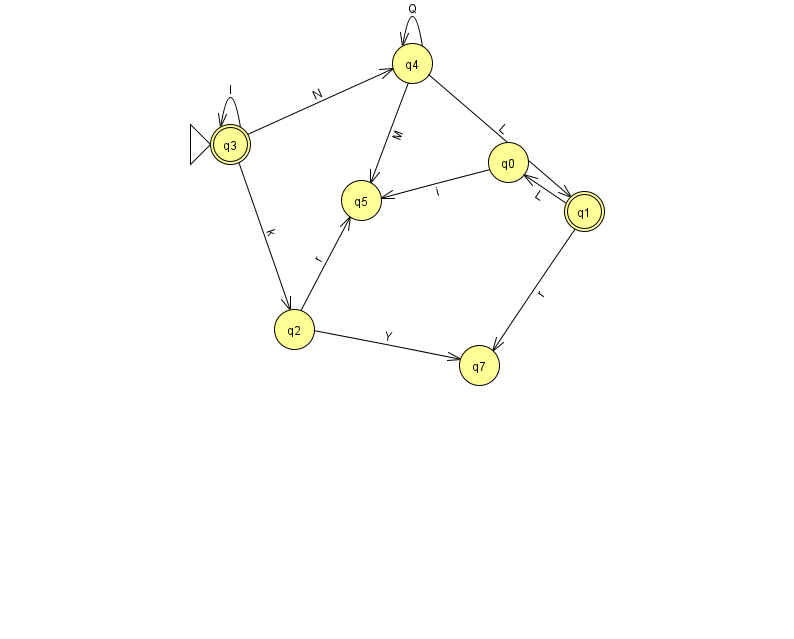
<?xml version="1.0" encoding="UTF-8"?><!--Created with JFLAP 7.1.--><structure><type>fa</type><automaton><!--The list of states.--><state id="0" name="q0"><x>508.0</x><y>149.0</y></state><state id="1" name="q1"><x>584.0</x><y>198.0</y><final/></state><state id="2" name="q2"><x>294.0</x><y>316.0</y></state><state id="3" name="q3"><x>230.0</x><y>131.0</y><initial/><final/></state><state id="4" name="q4"><x>412.0</x><y>50.0</y></state><state id="5" name="q5"><x>361.0</x><y>187.0</y></state><state id="7" name="q7"><x>479.0</x><y>352.0</y></state><!--The list of transitions.--><transition><from>4</from><to>4</to><read>Q</read></transition><transition><from>3</from><to>4</to><read>N</read></transition><transition><from>1</from><to>0</to><read>L</read></transition><transition><from>2</from><to>7</to><read>Y</read></transition><transition><from>3</from><to>3</to><read>I</read></transition><transition><from>0</from><to>5</to><read>i</read></transition><transition><from>3</from><to>2</to><read>k</read></transition><transition><from>1</from><to>7</to><read>r</read></transition><transition><from>2</from><to>5</to><read>r</read></transition><transition><from>4</from><to>1</to><read>L</read></transition><transition><from>4</from><to>5</to><read>M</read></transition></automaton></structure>